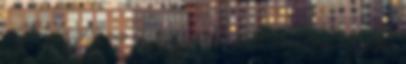
- A terepjárók már régóta nem kompromisszum nélküli, robosztus